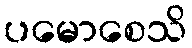
ပမောစေသိ